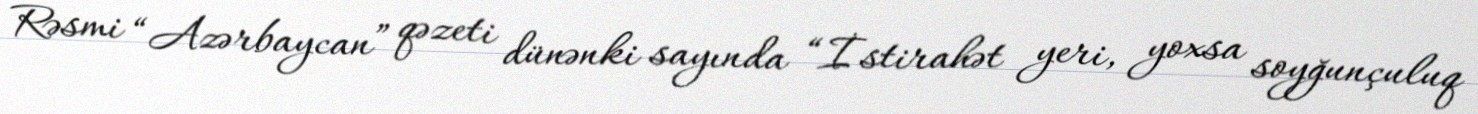
Rəsmi “Azərbaycan” qəzeti dünənki sayında “İstirahət yeri, yoxsa soyğunçuluq